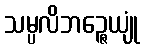
သမ္ပလိဘဉ္ဇေယျုံ